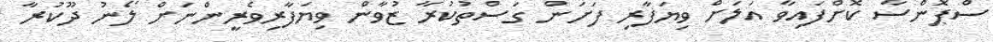
ސްޕޮންސާ ކޮށްފައިވާ އަލަށް ވިޔަފާރި ފަށަން ގަސްތުކުރާ ޒުވާން ވިޔަފާރިވެރީންނަށް ލޯނު ދޫކުރާ